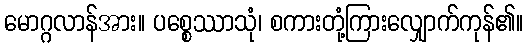
မောဂ္ဂလာန်အား။ ပစ္စေဿာသုံ၊ စကားတုံ့ကြားလျှောက်ကုန်၏။